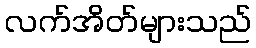
လက်အိတ်များသည်